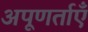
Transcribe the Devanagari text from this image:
अपूणर्ताएँ